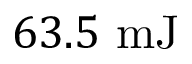
6 3 . 5 \ \mathrm { m J }